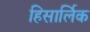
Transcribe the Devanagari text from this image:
हिसार्लिक